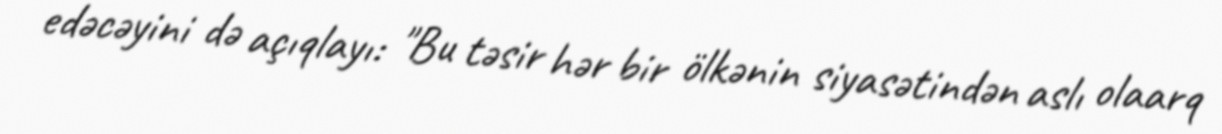
edəcəyini də açıqlayı: "Bu təsir hər bir ölkənin siyasətindən aslı olaarq